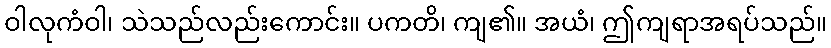
ဝါလုကံဝါ၊ သဲသည်လည်းကောင်း။ ပကတိ၊ ကျ၏။ အယံ၊ ဤကျရာအရပ်သည်။